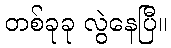
တစ်ခုခု လွဲနေပြီ။